Report on vaccination in Madras 1904-1921 - 1904-1921
Year: 1904
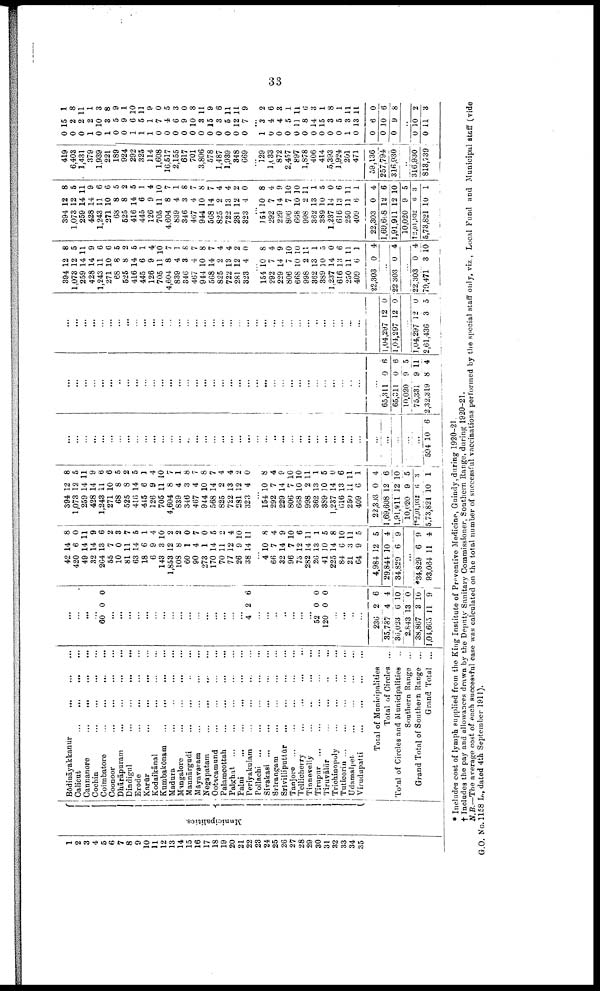
33
1
2
3
4
5
6
7
8
9
10
11
12
13
14
15
16
17
18
19
20
21
22
23
24
25
26
27
28
29
30
31
32
33
34
35
Municipalities.
Bōdināyakkanur
...
...
...
Calicut
...
...
...
...
Cannanore
...
...
...
...
...
Cochin
...
...
...
...
...
Coimbatore
...
...
...
...
Coonoor
...
...
...
...
Dhārāpuram
...
...
...
...
Dindigul
...
...
...
...
Erode
...
...
...
...
Karūr
...
...
...
...
Kodaikānal
...
...
...
...
Kumbakōnam
...
...
...
...
Madura
...
...
...
...
Mangalore
...
...
...
...
Mannārgudi
...
...
...
...
Mayavaram
...
...
...
...
Negapatam
...
...
...
...
Ootacamund
...
...
...
...
Palamcottah
...
...
...
...
Palghat
...
...
...
...
...
Palni
...
...
...
...
...
Periyakulam ... ... ... ...
Pollachi
...
...
...
...
...
Sivakasi
...
...
...
...
Srīrangam
...
...
...
...
Srīvilliputtūr
...
...
...
...
Tanjore
...
...
...
...
...
Tellicherry
...
...
...
...
Tinnevelly
...
...
...
...
Tirupur
...
...
...
...
...
Tiruvālūr
...
...
...
...
Trichinopoly
...
...
...
...
Tuticorin
...
...
...
...
...
Udamalpet
...
...
...
...
Virudupatti
...
...
...
...
Total of Municipalities
Total of Circles ...
Total of Circles and Municipalities ...
Southern Range ...
Grand Total of Southern Range ...
Grand Total ...
...
...
...
...
60 0 0
...
...
...
...
...
...
...
...
...
...
...
...
...
...
...
...
4 2 6
...
...
...
...
...
...
...
52
120
0
0
0
0
...
...
...
...
236
35,787
36,023
2,843
38,867
1,04,665
2
4
6
13
3
11
6
4
10
0
10
9
42
420
49
32
264
55
10
81
63
18
6
143
1,853
108
60
90
273
170
70
77
26
38
14
6
14
14
13
7
0
11
14
6
9
3
12
8
1
4
1
14
11
12
9
14
8
0
11
9
6
2
3
7
5
1
4
10
2
2
0
7
0
5
2
4
10
11
...
4
66
32
96
75
282
26
41
225
84
21
64
4,984
29,844
34,829
10
7
14
7
12
14
13
10
14
6
3
9
12
10
6
8
4
9
10
6
11
1
5
8
10
11
5
5
4
9
...
*34,829
93,084
6
11
9
4
394
1,073
259
428
1,243
271
68
525
416
445
126
705
4,604
839
346
467
944
568
825
722
281
323
12
12
14
14
11
10
8
8
14
6
9
11
8
4
3
4
10
14
2
13
12
4
8
5
11
9
6
6
5
2
5
1
4
10
7
1
8
7
8
7
4
4
2
0
...
154
292
229
806
668
998
362
389
1,237
616
250
409
22,303
1,69,608
1,91,911
10,020
†2,01,932
5,73,821
10
7
14
7
10
2
13
10
14
13
11
6
0
12
12
9
6
10
8
4
9
10
10
11
1
5
0
6
11
1
4
6
10
5
3
1
...
...
...
...
...
...
...
...
...
...
...
...
...
...
...
...
...
...
...
...
...
...
...
...
...
...
...
...
...
...
...
...
...
...
...
...
...
...
...
...
594 10 6
...
...
...
...
...
...
...
...
...
...
...
...
...
...
...
...
...
...
...
...
...
...
...
...
...
...
...
...
...
...
...
...
...
...
...
...
65,311
65,311
10,020
75,331
2,32,319
0
0
9
9
8
6
6
5
11
4
...
...
...
...
...
...
...
...
...
...
...
...
...
...
...
...
...
...
...
...
...
...
...
...
...
...
...
...
...
...
...
...
...
...
...
...
1,04,297
1,04,297
12
12
0
0
...
1,04,297
2,61,436
12
3
0
5
394
1,073
259
428
1,243
271
68
525
416
445
126
705
4,604
839
346
467
944
568
825
722
281
323
12
12
14
14
11
10
8
8
14
6
9
11
8
4
3
4
10
14
2
13
12
4
8
5
11
9
6
6
5
2
5
1
4
10
7
1
8
7
8
7
4
4
2
0
...
154
292
229
806
668
998
362
389
1,237
616
250
409
22,303
10
7
14
7
10
2
13
10
14
13
11
6
0
8
4
9
10
10
11
1
5
0
6
11
1
4
...
22,303 0 4
...
22,303
79,471
0
3
4
10
394
1,073
259
428
1,243
271
68
525
416
445
126
705
4,604
839
346
467
944
568
825
722
281
323
12
12
14
14
11
10
8
8
14
6
9
11
8
4
3
4
10
14
2
13
12
4
8
5
11
9
6
6
5
2
5
1
4
10
7
1
8
7
8
7
4
4
2
0
...
154
292
229
806
668
998
362
389
1,237
616
250
409
22,303
1,69,608
1,91,911
10,020
†2,01,932
5,73,821
10
7
14
7
10
2
13
10
14
13
11
6
0
12
12
9
6
10
8
4
9
10
10
11
1
5
0 6
11
1
4
6
10
5
3
1
419
6,403
1,431
379
1,939
221
189
924
292
325
114
1,608
16,517
2,155
617
701
3,806
578
1,487
1,939
348
669
...
129
1,033
872
2,457
897
1,878
406
414
5,393
1,924
201
471
59,136
257,794
316,930
...
316,930
818,739
0
0
0
1
0
1
0
0
1
1
1
0
0
0
0
0
0
0
0
0
0
0
15
2
2
2
10
3
5
9
6
5
1
7
4
6
9
10
3
15
3
5
12
7
1
8
11
1
3
8
9
1
10
11
9
0
5
3
0
8
11
9
6
11
11
9
...
1
0
0
0
0
0
0
0
0
0
1
0
0
0
0
3
4
4
5
11
8
14
15
3
5
3
13
6
10
9
2
6
3
1
11
6
3
1
8
1
11
11
0
6
8
...
0
0
10
11
2
3
* Includes cost of lymph supplied from the King Institute of Preventive Medicine, Guindy, during 1920-21.
† Includes the pay and allowances drawn by the Deputy Sanitary Commissioner, Southern Range, during 1920-21.
N.B.—The average cost of each successful case was calculated on the total number of successful vaccinations performed by the special staff only, viz., Local Fund and Municipal staff (vide
G.O. No.1158 L., dated 4th September 1911).